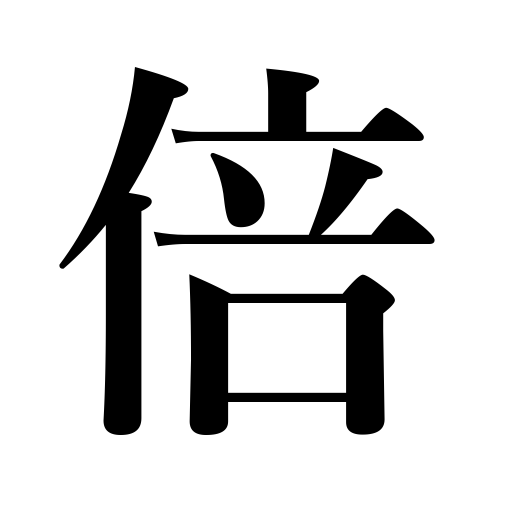
Meanings: double,times,twice